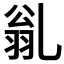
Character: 𠃽